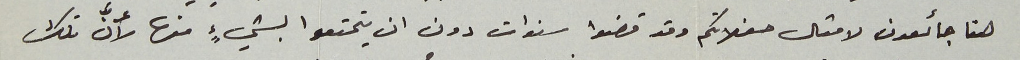
هنا جائعون لامثال حفلاتكم وقد قضوا سنوات دون ان يتمتعوا بشيءٍ منها لأنَّ تلك